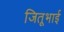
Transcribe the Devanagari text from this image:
जितूभाई